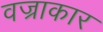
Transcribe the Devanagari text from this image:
वज्राकार